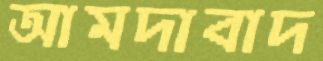
আমদাবাদ